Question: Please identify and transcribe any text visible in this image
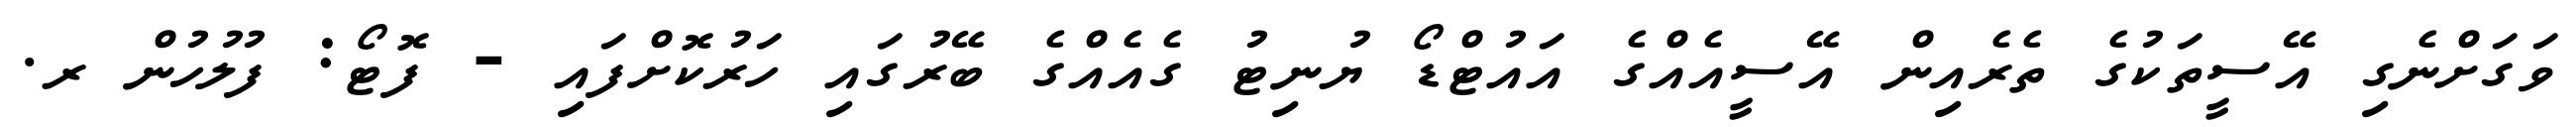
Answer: ވަގަށްނެގި އޭސީތަކުގެ ތެރެއިން އޭސީއެއްގެ އައުޓްޑޯ ޔުނިޓު ގެއެއްގެ ބޭރުގައި ހަރުކޮށްފައި - ފޮޓޯ: ފުލުހުން ރ.